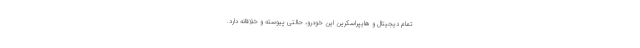
تمام دیجیتال و هایپراسکرین این خودرو، حالتی پیوسته و خلاقانه دارد.